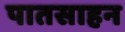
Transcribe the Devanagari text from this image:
पातसाहन